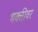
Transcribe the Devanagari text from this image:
भक्तीवर